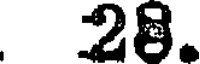
28.